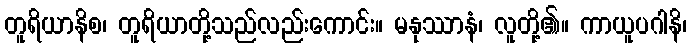
တူရိယာနိစ၊ တူရိယာတို့သည်လည်းကောင်း။ မနုဿာနံ၊ လူတို့၏။ ကာယူပဂါနိ၊